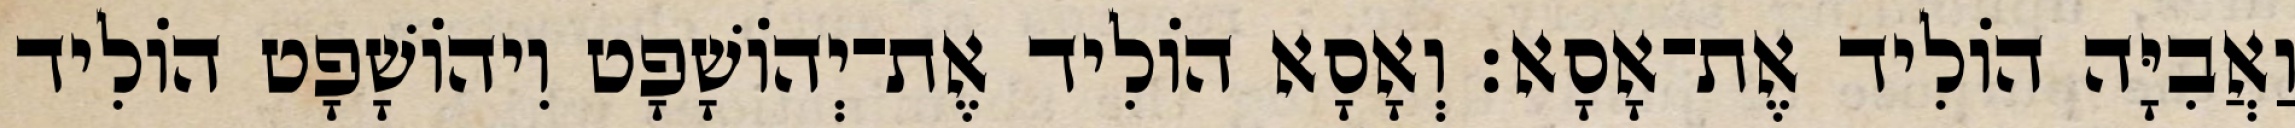
וַאֲבִיָּה הוֹלִיד אֶת־אָסָא׃ וְאָסָא הוֹלִיד אֶת־יְהוֹשָׁפָט וִיהוֹשָׁפָט הוֹלִיד